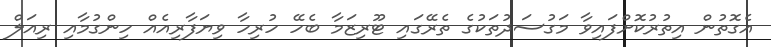
އެގޮތުން އިތުރުކޮށްފައިވާ މަގުސަދުތަކުގެ ތެރޭގައި ޓޫރިޒަމާ ބެހޭ ހުރިހާ ވިޔަފާރިއެއް ހިންގުމާއި ރިއަލް